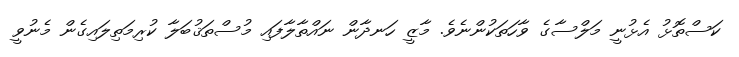
ކަސްތޮޅު އެޅުނީ މަލްސާގެ ވާހަތަކުންނެވެ. މާޒީ ހަނދާން ނައްތާލާފައި މުސްތަޤުބަލާ ކުރިމަތިލައިގެން މެނުވީ